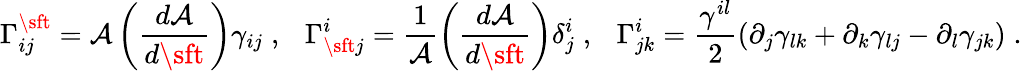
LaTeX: \Gamma_{ij}^{\sft}=\mathcal{A}\left(\frac{{d\mathcal{A}}}{{d{\sft}}}\right)\gamma_{ij}\; ,~~~\Gamma_{{\sft}j}^{i}=\frac{{1}}{{\mathcal{A}}}\left(\frac{{d\mathcal{A}}}{{d{\sft}}}\right)\delta_{j}^{i}\; ,~~~\Gamma_{jk}^{i}=\frac{{\gamma^{il}}}{{2}}(\partial_{j}\gamma_{lk}+\partial_{k}\gamma_{lj}-\partial_{l}\gamma_{jk})\; .